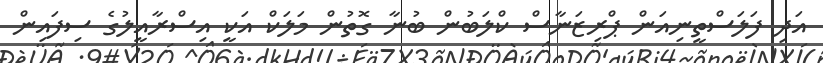
އަދި ފަލަސްތީނިއަން ޕްރިޒަނާސް ކްލަބުން ބުނާ ގޮތުން މަލަކް އަކީ އިސްރާއީލުގެ ސިފައިން